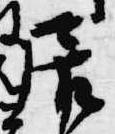
居